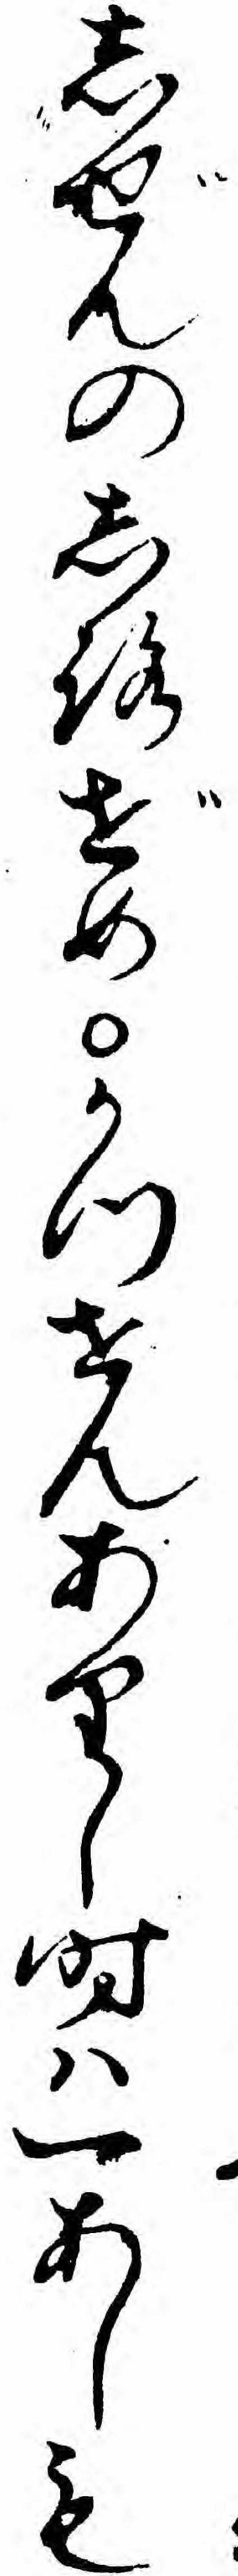
しぜんのしろぜめかつせんありし時ハ一あしも